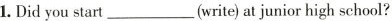
1.Did you start___(write)at junior high school?